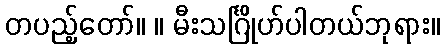
တပည့်တော်။ ။ မီးသင်္ဂြိုဟ်ပါတယ်ဘုရား။